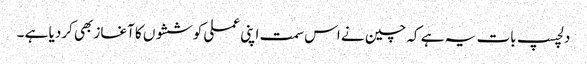
دلچسپ بات یہ ہے کہ چین نے اس سمت اپنی عملی کوششوں کا آغاز بھی کردیا ہے ۔